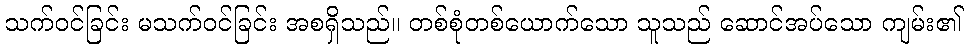
သက်ဝင်ခြင်း မသက်ဝင်ခြင်း အစရှိသည်။ တစ်စုံတစ်ယောက်သော သူသည် ဆောင်အပ်သော ကျမ်း၏